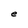
Character: e